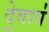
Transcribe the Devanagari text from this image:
दे॒वाय॑